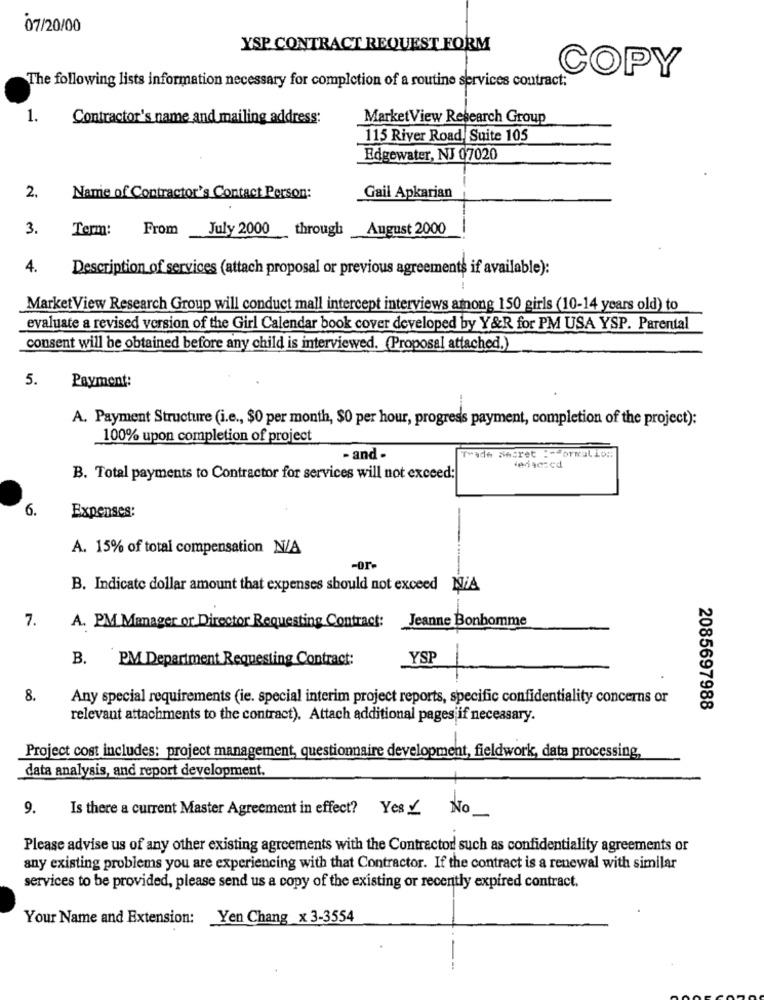
07/20/00
YSP CONTRACT REQUEST FORM
The following lists information necessary for completion of a routine services contract:
COPY
1.
Contractor's name and mailing address:
MarketView Research Group
115 River Road Suite 105
Edgewater, NJ 07020
2.
Name of Contractor's Contact Person:
Gail Apkarian
3.
Term:
From July 2000 through
August 2000
4.
Description of services (attach proposal or previous agreements if available):
MarketView Research Group will conduct mall intercept interviews among 150 girls (10-14 years old) to
evaluate a revised version of the Girl Calendar book cover developed by Y&R for PM USA YSP. Parental
consent will be obtained before any child is interviewed. (Proposal attached.)
5.
Payment:
A. Payment Structure (i.e ., $0 per month, $0 per hour, progress payment, completion of the project):
100% upon completion of project
Trade Secret :- formation;
- and -
dedsczed
B. Total payments to Contractor for services will not exceed:
6.
Expenses:
A. 15% of total compensation N/A
-or-
B. Indicate dollar amount that expenses should not exceed NA
Jeanne Bonhomme
7.
A. PM Manager or Director Requesting Contract:
B. PM Department Requesting Contract:
YSP
8.
Any special requirements (ie. special interim project reports, specific confidentiality concerns or
2085697988
relevant attachments to the contract). Attach additional pages;if necessary.
Project cost includes: project management, questionnaire development, fieldwork, data processing,
data analysis, and report development.
9.
Is there a current Master Agreement in effect? Yes / No.
Please advise us of any other existing agreements with the Contractor such as confidentiality agreements or
any existing problems you are experiencing with that Contractor. If the contract is a renewal with similar
services to be provided, please send us a copy of the existing or recently expired contract.
Your Name and Extension: Yen Chang x 3-3554